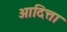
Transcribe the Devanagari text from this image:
आदित्ता